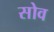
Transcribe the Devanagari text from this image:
सोव